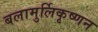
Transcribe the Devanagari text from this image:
बलामुर्लिकृष्णन